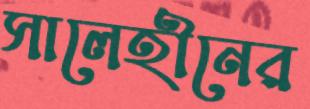
সালেহীনের